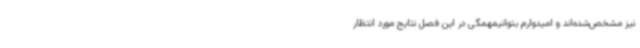
نیز مشخص‌شده‌اند و امیدوارم بتوانیمهمگی در این فصل نتایج مورد انتظار